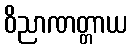
ဝိညာဏတ္တာယ